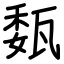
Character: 瓾